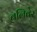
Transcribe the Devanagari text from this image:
बलिबेर